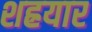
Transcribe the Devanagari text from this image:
शह्रयार